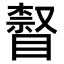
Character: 𥊨